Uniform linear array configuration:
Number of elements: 12
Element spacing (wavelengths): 0.25
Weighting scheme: kaiser
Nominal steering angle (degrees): -60
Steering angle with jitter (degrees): -61.173
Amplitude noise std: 0.05
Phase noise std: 0.05

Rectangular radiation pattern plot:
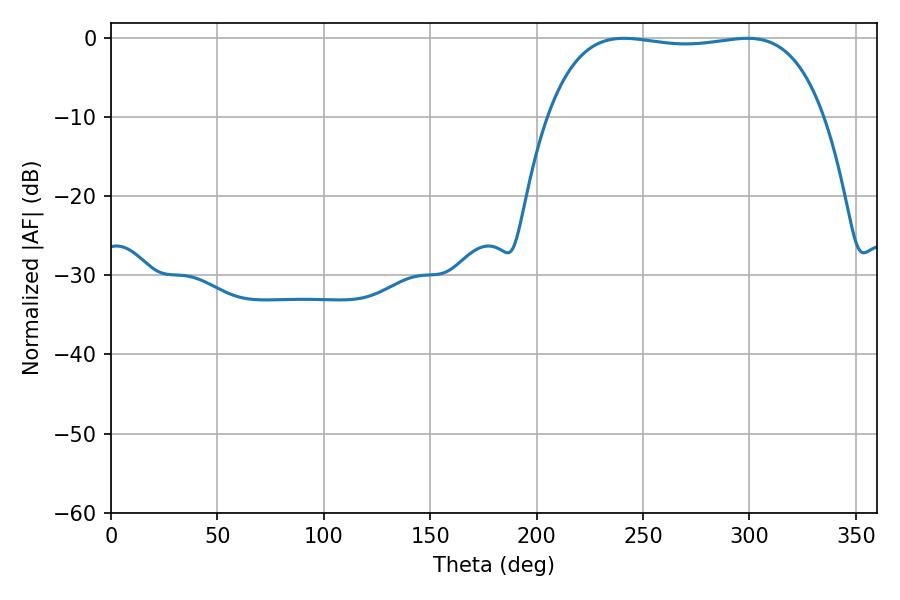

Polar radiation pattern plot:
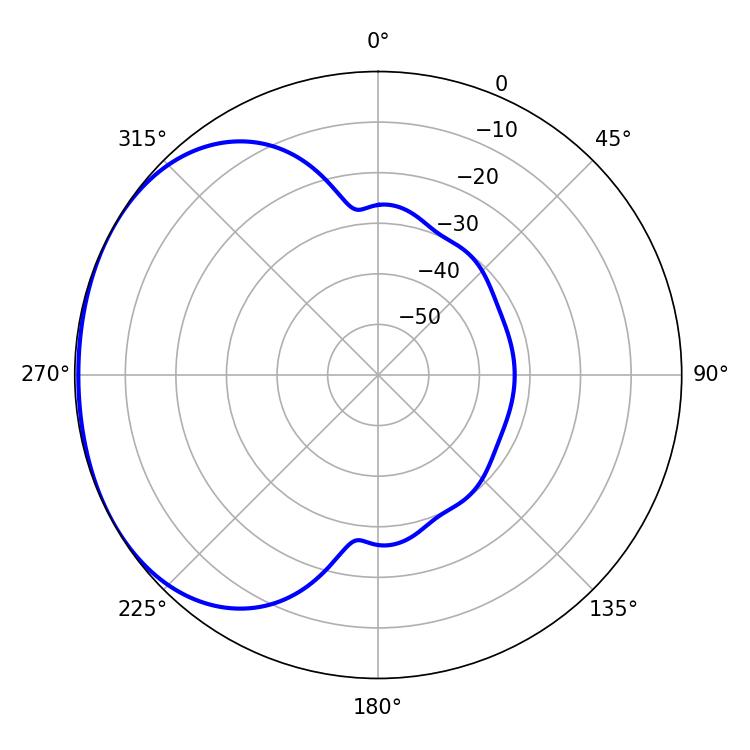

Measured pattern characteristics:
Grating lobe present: FALSE
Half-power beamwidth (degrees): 103.32
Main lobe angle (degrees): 241.02